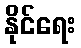
နိုင်ရေး